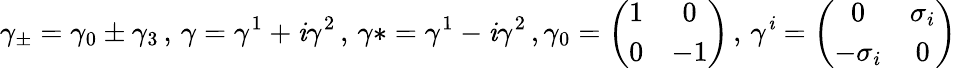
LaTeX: \gamma_{\pm}=\gamma_{0}\pm\gamma_{3}\, ,\, \gamma=\gamma^{1}+\mathit{i}\gamma^{2}\, ,\, \gamma*=\gamma^{1}-\mathit{i}\gamma^{2}\, ,\gamma_{0}=\left(\begin{array}{cc}{{1}}&{{0}}\\ {{0}}&{{-1}}\end{array}\right)\, ,\, \gamma^{\mathit{i}}=\left(\begin{array}{cc}{{0}}&{{\sigma_{i}}}\\ {{-\sigma_{i}}}&{{0}}\end{array}\right)